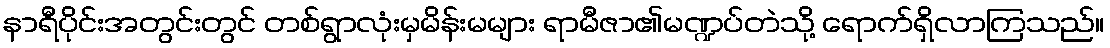
နာရီပိုင်းအတွင်းတွင် တစ်ရွာလုံးမှမိန်းမများ ရာမီဇာ၏မဏ္ဍပ်တဲသို့ ရောက်ရှိလာကြသည်။